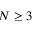
N \geq 3